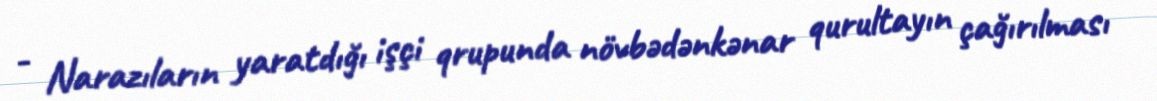
- Narazıların yaratdığı işçi qrupunda növbədənkənar qurultayın çağırılması